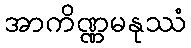
အာကိဏ္ဏမနုဿံ